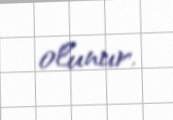
olunur.